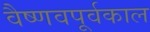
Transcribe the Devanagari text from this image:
वैष्णवपूर्वकाल